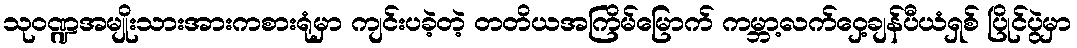
သုဝဏ္ဍအမျိုးသားအားကစားရုံမှာ ကျင်းပခဲ့တဲ့ တတိယအကြိမ်မြောက် ကမ္ဘာ့လက်ဝှေ့ချန်ပီယံရှစ် ပြိုင်ပွဲမှာ